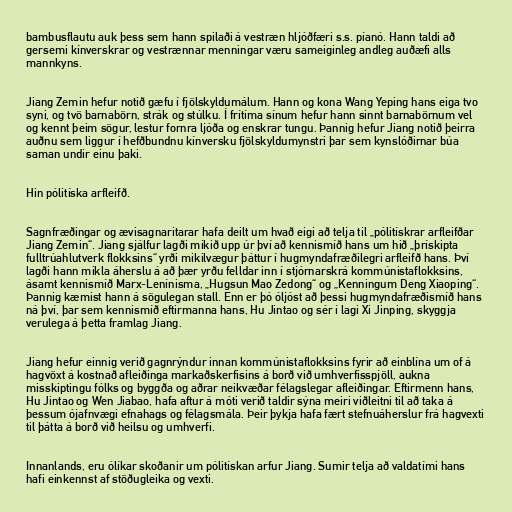
bambusflautu auk þess sem hann spilaði á vestræn hljóðfæri s.s. píanó. Hann taldi að
gersemi kínverskrar og vestrænnar menningar væru sameiginleg andleg auðæfi alls
mannkyns.

Jiang Zemin hefur notið gæfu í fjölskyldumálum. Hann og kona Wang Yeping hans eiga tvo
syni, og tvö barnabörn, strák og stúlku. Í frítíma sínum hefur hann sinnt barnabörnum vel
og kennt þeim sögur, lestur fornra ljóða og enskrar tungu. Þannig hefur Jiang notið þeirra
auðnu sem liggur í hefðbundnu kínversku fjölskyldumynstri þar sem kynslóðirnar búa
saman undir einu þaki.

Hin pólitíska arfleifð.

Sagnfræðingar og ævisagnaritarar hafa deilt um hvað eigi að telja til „pólitískrar arfleifðar
Jiang Zemin“. Jiang sjálfur lagði mikið upp úr því að kennismíð hans um hið „þrískipta
fulltrúahlutverk flokksins“ yrði mikilvægur þáttur í hugmyndafræðilegri arfleifð hans. Því
lagði hann mikla áherslu á að þær yrðu felldar inn í stjórnarskrá kommúnistaflokksins,
ásamt kennismíð Marx-Lenínisma, „Hugsun Mao Zedong“ og „Kenningum Deng Xiaoping“.
Þannig kæmist hann á sögulegan stall. Enn er þó óljóst að þessi hugmyndafræðismíð hans
ná því, þar sem kennismíð eftirmanna hans, Hu Jintao og sér í lagi Xi Jinping, skyggja
verulega á þetta framlag Jiang.

Jiang hefur einnig verið gagnrýndur innan kommúnistaflokksins fyrir að einblína um of á
hagvöxt á kostnað afleiðinga markaðskerfisins á borð við umhverfisspjöll, aukna
misskiptingu fólks og byggða og aðrar neikvæðar félagslegar afleiðingar. Eftirmenn hans,
Hu Jintao og Wen Jiabao, hafa aftur á móti verið taldir sýna meiri viðleitni til að taka á
þessum ójafnvægi efnahags og félagsmála. Þeir þykja hafa fært stefnuáherslur frá hagvexti
til þátta á borð við heilsu og umhverfi.

Innanlands, eru ólíkar skoðanir um pólitískan arfur Jiang. Sumir telja að valdatími hans
hafi einkennst af stöðugleika og vexti.